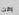
وقت